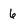
Character: 6